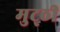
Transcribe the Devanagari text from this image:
मुट्‌ठी